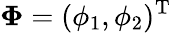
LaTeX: \mathbf{\Phi}=(\phi_{1},\phi_{2})^{\mathrm{T}}